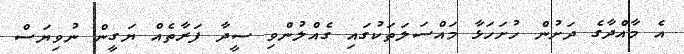
އެ މާއްދާގެ ދަށުން ހުށަހަޅާ މައްސަލަތަކުގައި ގެއްލުންވި ސީދާ ފަރާތެއް ޔަގީން ނުވިޔަސް